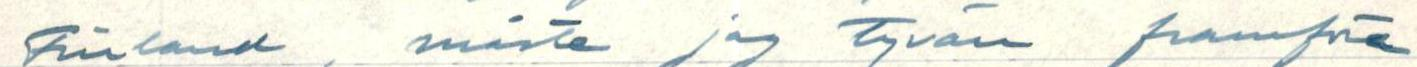
Finland, måste jag tyvärr framföra